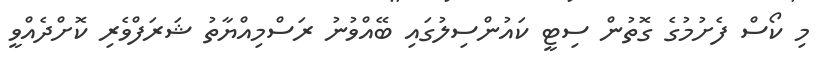
މި ކޯސް ފެށުމުގެ ގޮތުން ސިޓީ ކައުންސިލުގައި ބޭއްވުނު ރަސްމިއްޔާތު ޝަރަފްވެރި ކޮށްދެއްވީ